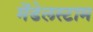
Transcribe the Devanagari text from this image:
मेंडेलस्टाम